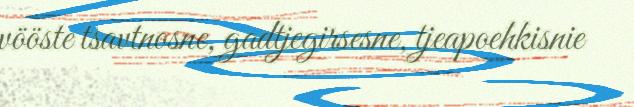
vööste tsavtnosne, gadtjegirsesne, tjeapoehkisnie